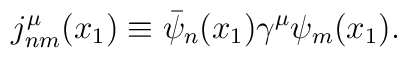
j_{nm}^{\mu}(x_1) \equiv \bar{\psi}_n(x_1) {\gamma}^{\mu} {\psi}_m(x_1).